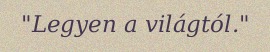
"Legyen a világtól."